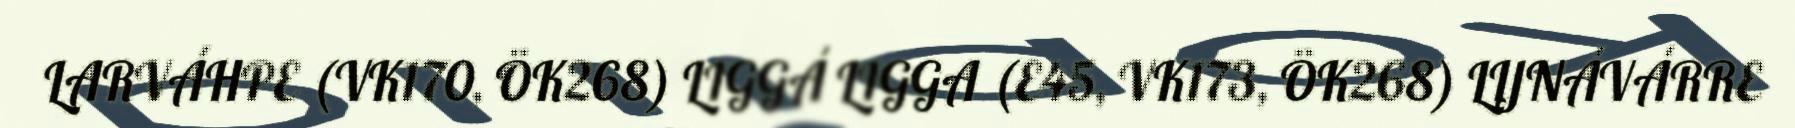
LARVÁHPE (VK170, ÖK268) LIGGÁ LIGGA (E45, VK173, ÖK268) LIJNÁVÁRRE